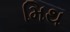
મિથ